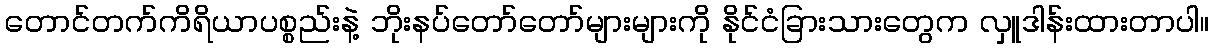
တောင်တက်ကိရိယာပစ္စည်းနဲ့ ဘိုးနပ်တော်တော်များများကို နိုင်ငံခြားသားတွေက လှူဒါန်းထားတာပါ။